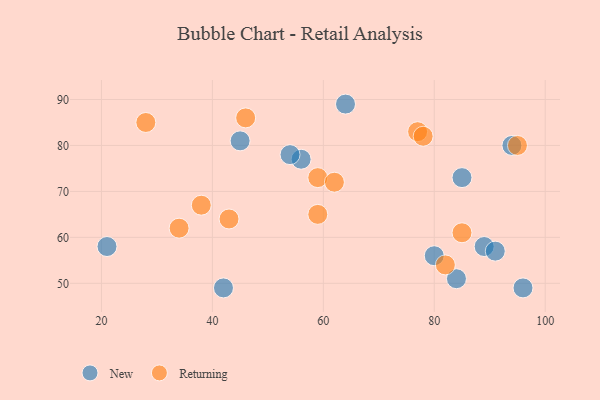
{"axis": {"x": "GDP", "y": "Life Expectancy"}, "legend": ["New", "Returning"], "data": [{"x": "56", "y": 77, "type": "New"}, {"x": "42", "y": 49, "type": "New"}, {"x": "89", "y": 58, "type": "New"}, {"x": "64", "y": 89, "type": "New"}, {"x": "96", "y": 49, "type": "New"}, {"x": "94", "y": 80, "type": "New"}, {"x": "91", "y": 57, "type": "New"}, {"x": "54", "y": 78, "type": "New"}, {"x": "84", "y": 51, "type": "New"}, {"x": "21", "y": 58, "type": "New"}, {"x": "45", "y": 81, "type": "New"}, {"x": "80", "y": 56, "type": "New"}, {"x": "85", "y": 73, "type": "New"}, {"x": "59", "y": 65, "type": "Returning"}, {"x": "77", "y": 83, "type": "Returning"}, {"x": "85", "y": 61, "type": "Returning"}, {"x": "82", "y": 54, "type": "Returning"}, {"x": "78", "y": 82, "type": "Returning"}, {"x": "38", "y": 67, "type": "Returning"}, {"x": "59", "y": 73, "type": "Returning"}, {"x": "34", "y": 62, "type": "Returning"}, {"x": "95", "y": 80, "type": "Returning"}, {"x": "43", "y": 64, "type": "Returning"}, {"x": "62", "y": 72, "type": "Returning"}, {"x": "46", "y": 86, "type": "Returning"}, {"x": "28", "y": 85, "type": "Returning"}]}